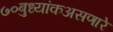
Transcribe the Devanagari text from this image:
७०बुध्यांकअसणारे